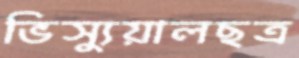
ভিস্যুয়ালছত্র